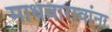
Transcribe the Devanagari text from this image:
माधवारावांना